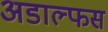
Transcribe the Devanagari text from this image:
अडाल्फस